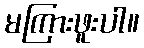
မကြားဖူးပါ။